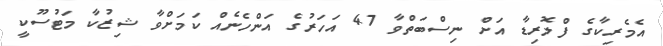
އެމެރިކާގެ ފްލޮރިޑާ އަށް ނިސްބަތްވާ 47 އަހަރުގެ އަންހެނެއް ކަމަށްވާ ޝިޒުކާ މަޓުސޫކީ